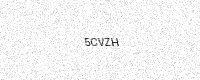
Text: 5CVZH